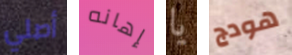
أصلي إهانه يا هودج